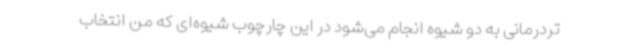
تردرمانی به دو شیوه انجام می‌شود در این چارچوب شیوه‌ای که من انتخاب